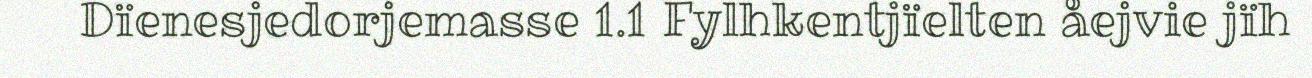
Dïenesjedorjemasse 1.1 Fylhkentjïelten åejvie jïh